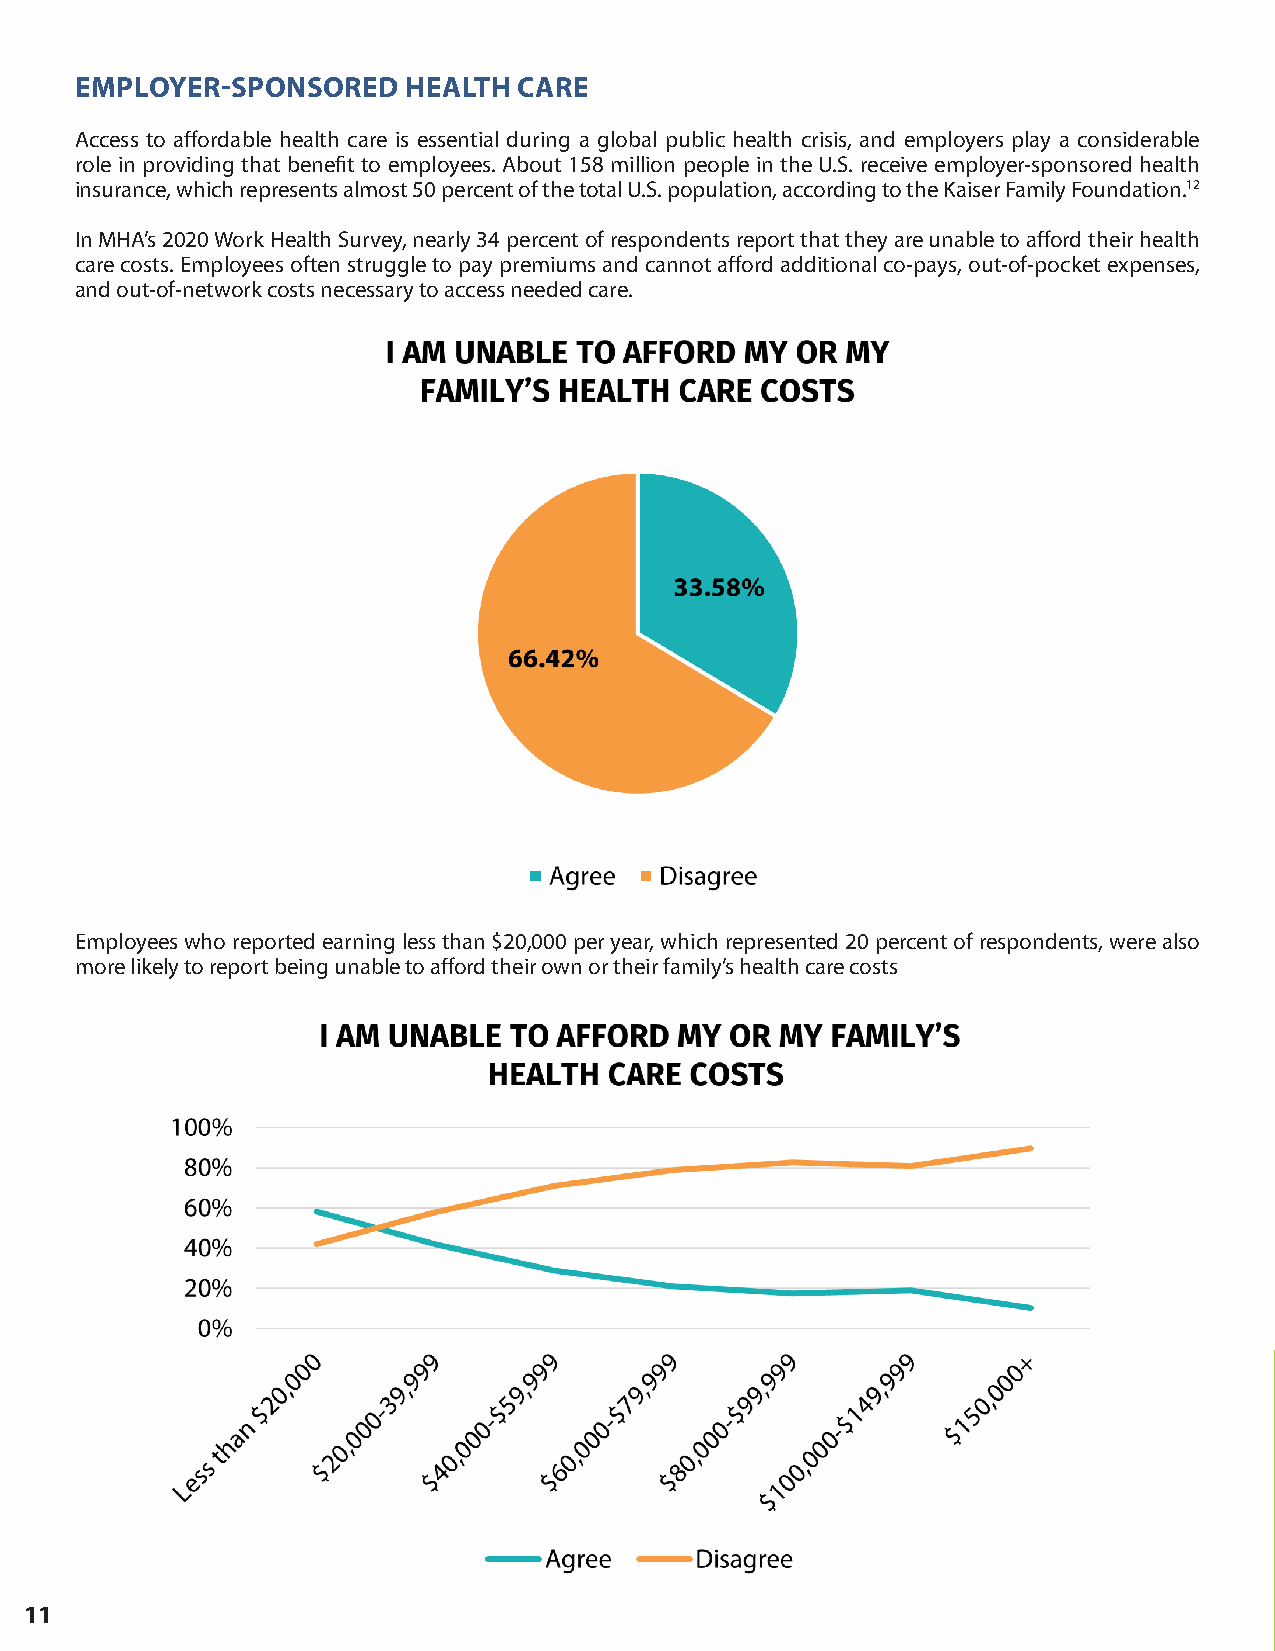
EMPLOYER-SPONSORED    HEALTH CARE
 Access to affordable health care is essential during a global public health crisis, and employers play a considerable
 role in providing that benefit to employees. About 158 million people in the U.S. receive employer-sponsored health
 insurance, which represents almost 50 percent of the total U.S. population, according to the Kaiser Family Foundation.12
 In MHA’s 2020 Work Health Survey, nearly 34 percent of respondents report that they are unable to afford their health
 care costs. Employees often struggle to pay premiums and cannot afford additional co-pays, out-of-pocket expenses,
 and out-of-network costs necessary to access needed care.
 Employees who reported earning less than $20,000 per year, which represented 20 percent of respondents, were also
 more likely to report being unable to afford their own or their family’s health care costs
 11